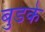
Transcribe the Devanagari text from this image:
बुडके